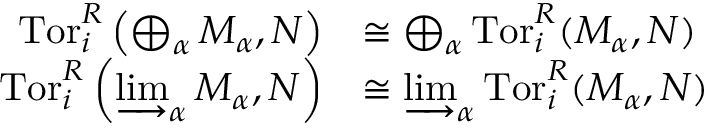
{ \begin{array} { r l } { \operatorname { T o r } _ { i } ^ { R } \left( \bigoplus _ { \alpha } M _ { \alpha } , N \right) } & { \cong \bigoplus _ { \alpha } \operatorname { T o r } _ { i } ^ { R } ( M _ { \alpha } , N ) } \\ { \operatorname { T o r } _ { i } ^ { R } \left( \varinjlim _ { \alpha } M _ { \alpha } , N \right) } & { \cong \varinjlim _ { \alpha } \operatorname { T o r } _ { i } ^ { R } ( M _ { \alpha } , N ) } \end{array} }